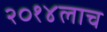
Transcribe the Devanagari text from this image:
२०१४लाच